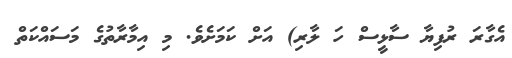
އެގާރަ ރުފިޔާ ސާޅީސް ހަ ލާރި) އަށް ކަމަށެވެ. މި އިމާރާތުގެ މަސައްކަތް